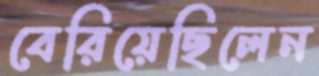
বেরিয়েছিলেন